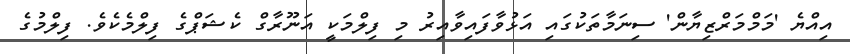
އިއްޔެ 'މަމްމަރްޒިޔާން' ސިނަމާތަކުގައި އަޅުވާފައިވާއިރު މި ފިލްމަކީ އަނޫރާގް ކެޝަޕްގެ ފިލްމެކެވެ. ފިލްމުގެ